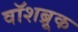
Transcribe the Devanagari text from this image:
वॉशब्रूक